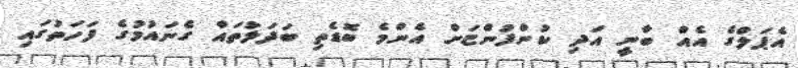
އެޕަލްގެ އެއް ބާނީ އަދި ކުންފުންޏަށް އެންމެ ބޮޑެތި ބަދަލުތައް ގެނައުމުގެ ފަހަތުގައި